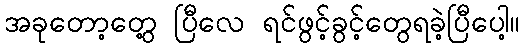
အခုတော့တွေ့ ပြီလေ ရင်ဖွင့်ခွင့်တွေရခဲ့ပြီပေါ့။